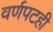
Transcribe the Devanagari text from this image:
वर्णपटही